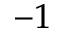
^ { - 1 }